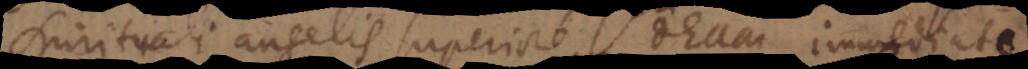
spirituali angelis superiore, Deum immediate